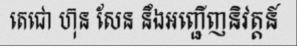
តេជោ ហ៊ុន សែន នឹងអញ្ជើញនិវត្តន៍